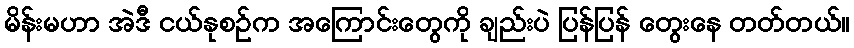
မိန်းမဟာ အဲဒီ ငယ်နုစဉ်က အကြောင်းတွေကို ချည်းပဲ ပြန်ပြန် တွေးနေ တတ်တယ်။